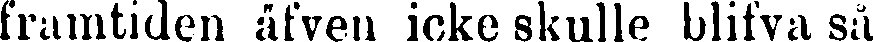
framtiden äfven icke skulle blifva så